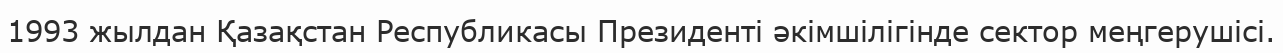
1993 жылдан Қазақстан Республикасы Президенті әкімшілігінде сектор меңгерушісі.